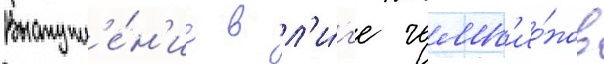
Выступл'е́н'ие в л'и́г'е чемп'ио́нов